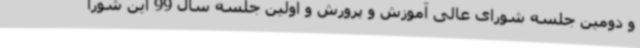
و دومین جلسه شورای عالی آموزش و پرورش و اولین جلسه سال 99 این شورا